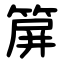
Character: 箳